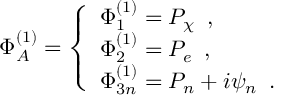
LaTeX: \Phi _ { A } ^ { ( 1 ) } = \left\{ \begin{array} { l } { { \Phi _ { 1 } ^ { ( 1 ) } = P _ { \chi } \, \, \, , } } \\ { { \Phi _ { 2 } ^ { ( 1 ) } = P _ { e } \, \, \, , } } \\ { { \Phi _ { 3 n } ^ { ( 1 ) } = P _ { n } + i \psi _ { n } \, \, \, . } } \end{array} \right.